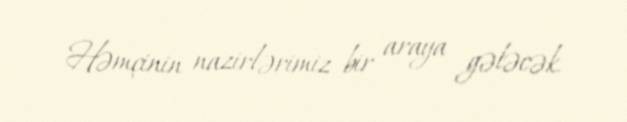
Həmçinin nazirlərimiz bir araya gələcək.